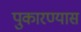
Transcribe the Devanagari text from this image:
पुकारण्यास